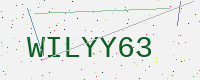
Text: WILYY63